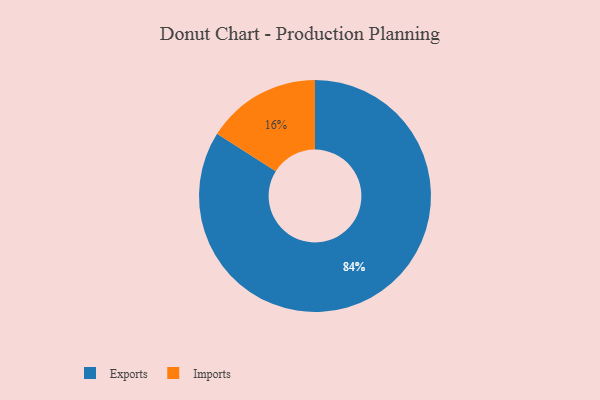
{"axis": {"x": "Category", "y": "Percentage"}, "legend": ["Exports", "Imports"], "data": [{"x": "Imports", "y": 16, "type": "Imports"}, {"x": "Exports", "y": 84, "type": "Exports"}]}